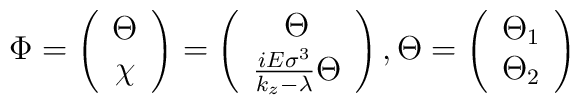
\Phi =\left(\begin{array}{c}\Theta  \\\chi\end{array}\right) =\left(\begin{array}{c}\Theta  \\\frac{iE\sigma ^3}{k_z-\lambda }\Theta\end{array}\right) ,\Theta =\left(\begin{array}{c}\Theta _1 \\\Theta _2\end{array}\right)